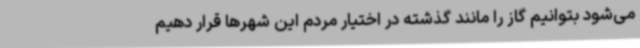
می‌شود بتوانیم گاز را مانند گذشته در اختیار مردم این شهرها قرار دهیم